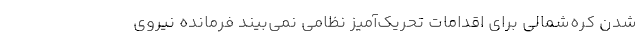
شدن کره‌شمالی برای اقدامات تحریک‌آمیز نظامی نمی‌بیند فرمانده نیروی